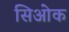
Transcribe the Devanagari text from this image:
सिओक